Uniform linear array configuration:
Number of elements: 8
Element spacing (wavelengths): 0.75
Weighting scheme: blackman
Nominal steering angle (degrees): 45
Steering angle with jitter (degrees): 44.46
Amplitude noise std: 0.05
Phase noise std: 0.05

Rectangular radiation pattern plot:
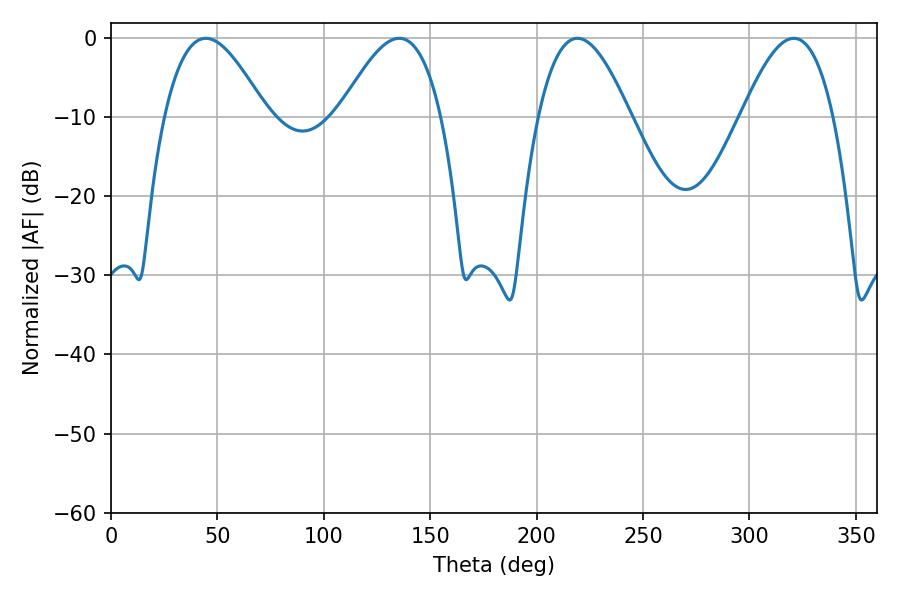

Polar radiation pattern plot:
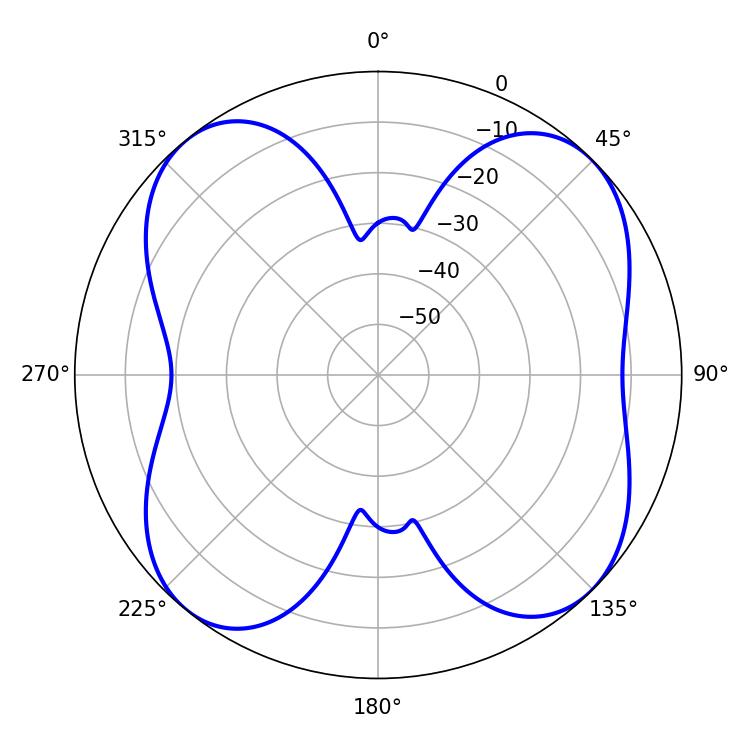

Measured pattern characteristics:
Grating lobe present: TRUE
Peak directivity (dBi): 11.108
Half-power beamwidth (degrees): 23.58
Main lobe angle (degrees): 219.24